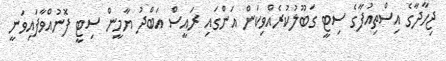
ޖިހާދާގެ އިސްތިއުފާގެ ސިޓީ ގަބޫލުކުރެއްވިކަން އަންގައި ރައީސް އަބްދު ޔާމީން ސިޓީ ފޮނުއްވާފައިވަނީ